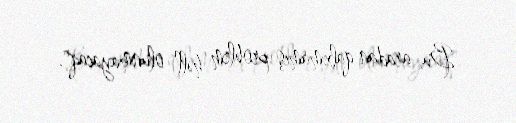
Bu, aradan qalxmamış problem həll olunmayacaq".